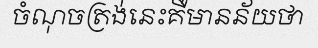
ចំណុចត្រង់នេះគឺមានន័យថា